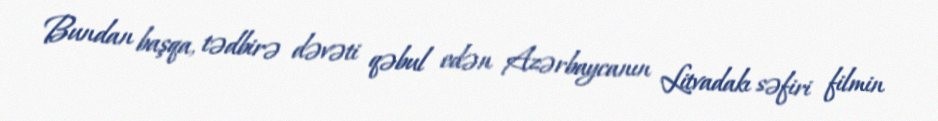
Bundan başqa, tədbirə dəvəti qəbul edən Azərbaycanın Litvadakı səfiri filmin